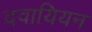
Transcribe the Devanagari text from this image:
दवायियन